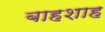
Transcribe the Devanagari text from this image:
बाहशाह